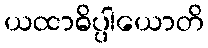
ယထာဓိပ္ပါယောတိ